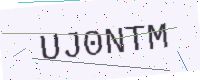
Text: UJ0NTM